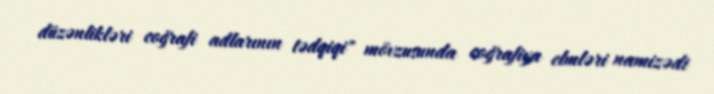
düzənlikləri coğrafi adlarının tədqiqi" mövzusunda coğrafiya elmləri namizədi